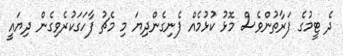
ދެ ޓީމުގެ ފަރާތުންވެސް މޮޅު ކުޅުމެއް ފެނިގެންދިޔަ މި މެޗު ފާހަގަކުރެވިގެން ދިޔައީ